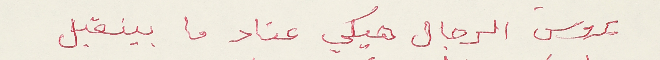
بروس الرجال هيكي عناد ما بينقبل